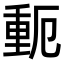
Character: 𬪾